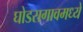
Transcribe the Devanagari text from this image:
घोडसगावमध्ये